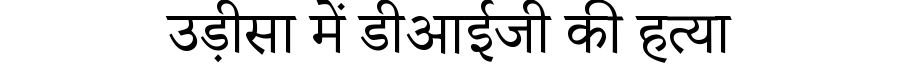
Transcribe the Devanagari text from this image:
उड़ीसा में डीआईजी की हत्या